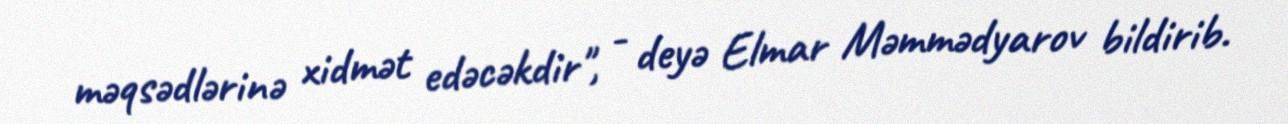
məqsədlərinə xidmət edəcəkdir", - deyə Elmar Məmmədyarov bildirib.